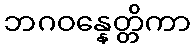
ဘဂဝန္နေတ္တိကာ